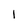
Character: 1